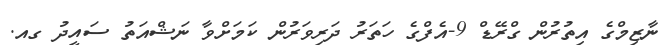
ނާޒިމްގެ އިތުރުން ގްރޭޑް 9-އެފްގެ ހަތަރު ދަރިވަރުން ކަމަށްވާ ނަޝްއަތު ސައީދު ގއ.